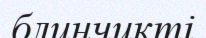
блинчикті